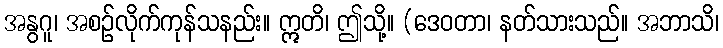
အနွဂူ၊ အစဉ်လိုက်ကုန်သနည်း။ ဣတိ၊ ဤသို့။ (ဒေဝတာ၊ နတ်သားသည်။ အဘာသိ၊